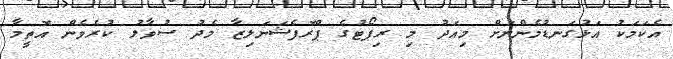
އެކަމަކު އަޅުގަނޑުމެންނަށް މިއަދު މި ރިޕޯޓުގެ ޕްރޮފެޝަނަލިޒާ މެދު ސުވާލު ކުރެވެން އޮތީމާ